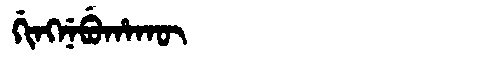
Manchu: ᡤᡳᠩᠨᡝᠪᡠᡥᠠᡴᡡ
Romanization: GINGNEBUHAKŪ